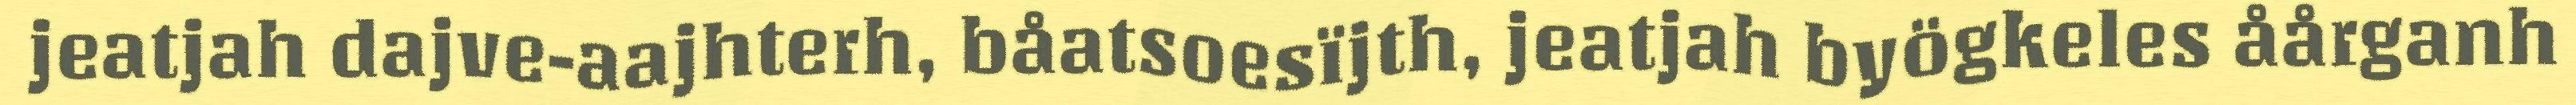
jeatjah dajve-aajhterh, båatsoesïjth, jeatjah byögkeles åårganh